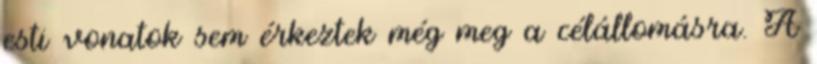
esti vonatok sem érkeztek még meg a célállomásra. A